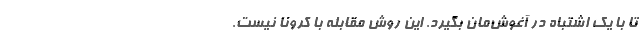
تا با یک اشتباه در آغوش‌مان بگیرد. این روش مقابله با کرونا نیست.